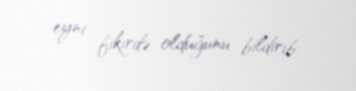
eyni fikirdə olduğunu bildirib.